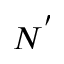
N ^ { ' }